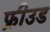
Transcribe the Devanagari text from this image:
फ्रीउड